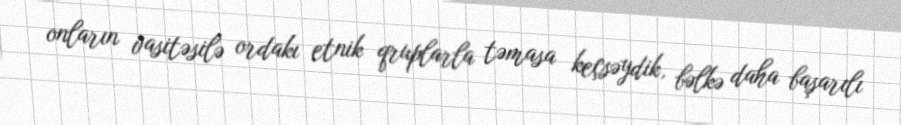
onların vasitəsilə ordakı etnik qruplarla təmasa keçsəydik, bəlkə daha başarılı